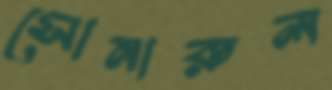
সোনারুল